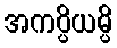
အကပ္ပိယမ္ပိ